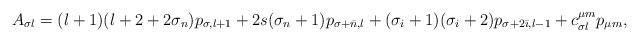
LaTeX: \begin{align*}A_{\sigma l} = (l+1)(l+2+2\sigma_n)p_{\sigma,l+1} + 2s(\sigma_n + 1)p_{\sigma+\bar{n},l} + (\sigma_i + 1)(\sigma_i+2)p_{\sigma + 2\bar{\imath},l-1} + c_{\sigma l}^{\mu m}p_{\mu m},\end{align*}